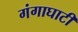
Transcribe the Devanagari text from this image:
गंगाघाटी